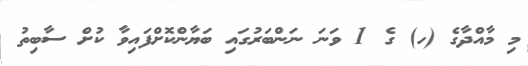
މި މާއްދާގެ (ހ) ގެ 1 ވަނަ ނަންބަރުގައި ބަޔާންކޮށްފައިވާ ކުށް ސާބިތު